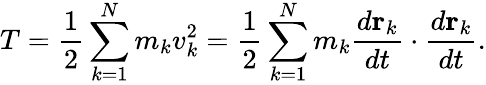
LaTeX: T={\frac{1}{2}}\sum_{k=1}^{N}m_{k}v_{k}^{2}={\frac{1}{2}}\sum_{k=1}^{N}m_{k}{\frac{d\mathbf{r}_{k}}{dt}}\cdot{\frac{d\mathbf{r}_{k}}{dt}}.